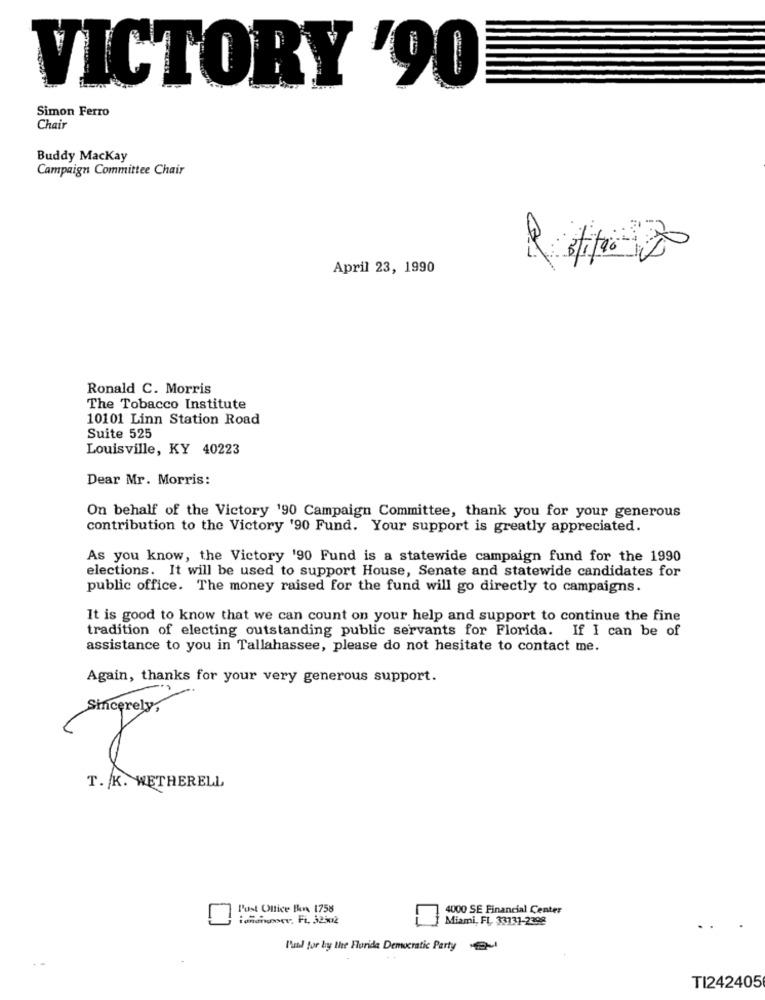
VICTORY '90
Simon Ferro
Chair
Buddy Mackay
Campaign Committee Chair
April 23, 1990
Ronald C. Morris
The Tobacco Institute
10101 Linn Station Road
Suite 525
Louisville, KY 40223
Dear Mr. Morris:
On behalf of the Victory 190 Campaign Committee, thank you for your generous
contribution to the Victory '90 Fund. Your support is greatly appreciated.
As you know, the Victory '90 Fund is a statewide campaign fund for the 1990
elections. It will be used to support House, Senate and statewide candidates for
public office. The money raised for the fund will go directly to campaigns.
It is good to know that we can count on your help and support to continue the fine
tradition of electing outstanding public servants for Florida. If I can be of
assistance to you in Tallahassee, please do not hesitate to contact me.
Again, thanks for your very generous support.
Sincerely,
T. K. WETHERELL
Post Office In 1758
4000 SE Financial Center
iononser, Fi. 32502
Miami, FL, 33731-2398
Phal for by the Florida Democratic Party
TI242405